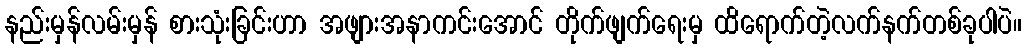
နည်းမှန်လမ်းမှန် စားသုံးခြင်းဟာ အဖျားအနာကင်းအောင် တိုက်ဖျက်ရေးမှ ထိရောက်တဲ့လက်နက်တစ်ခုပါပဲ။